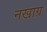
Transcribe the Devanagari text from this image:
नखाग्र